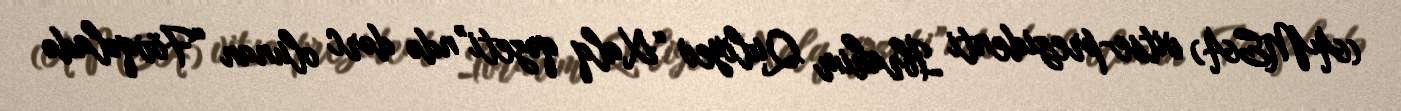
(AMEA) vitse-prezidenti İbrahim Quliyev “Xalq qəzeti”ndə dərc olunan “Fövqəladə